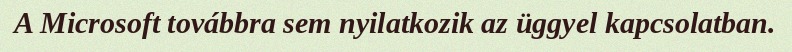
A Microsoft továbbra sem nyilatkozik az üggyel kapcsolatban.